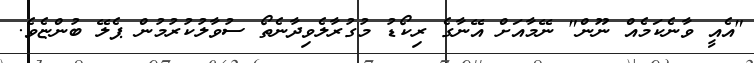
"އެއީ ވާނެކަމެއް ނޫން" ނޭމާއަށް އޭނާގެ ރިކޯޑު މުގުރާލެވިދާނެތޯ ސުވާލުކުރުމުން ޕެލޭ ބުންޏެވެ.